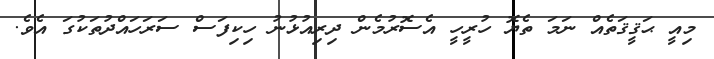
މިއީ ޙަޤީޤަތެއް ނަމަ ތެޔޮ ހުރީހީ އެސޮރުމެން ދިރިއުޅުނު ހިކިފަސް ސަރަހައްދުތަކުގަ އެވެ.